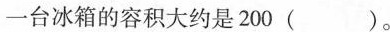
一台冰箱的容积大约是200()。